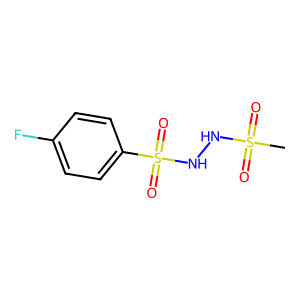
SMILES: CS(=O)(=O)NNS(=O)(=O)c1ccc(F)cc1
Inhibits HIV replication: No